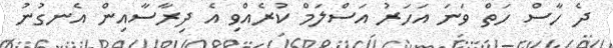
ދެ ހާސް ހަތް ވަނަ އަހަރު އަސްލަމް ކުރެއްވި އެ ދިރާސާއިން އެނގުނު